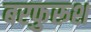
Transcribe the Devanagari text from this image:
बरफुरूश